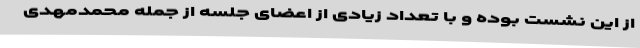
از این نشست بوده و با تعداد زیادی از اعضای جلسه از جمله محمدمهدی